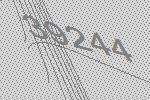
39244